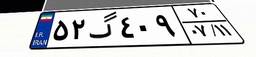
۱۴گ۸۶۱۷۶